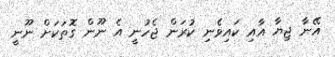
އޭނާ ޖިޔާ އާއި ކައިވެނި ކުރަން ޖެހުނީ އެ ނޫން ގޮތަކަށް ނޫނީ